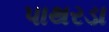
પાથરડા